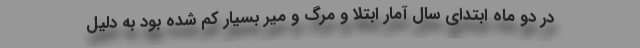
در دو ماه ابتدای سال آمار ابتلا و مرگ و میر بسیار کم شده بود به دلیل